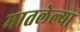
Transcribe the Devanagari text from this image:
मातलेल्या